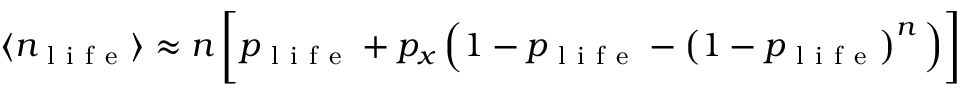
\langle n _ { \mathrm { ~ l ~ i ~ f ~ e ~ } } \rangle \approx n \, \bigg [ p _ { \mathrm { ~ l ~ i ~ f ~ e ~ } } + p _ { x } \, \Big ( 1 - p _ { \mathrm { ~ l ~ i ~ f ~ e ~ } } - \left( 1 - p _ { \mathrm { ~ l ~ i ~ f ~ e ~ } } \right) ^ { n } \Big ) \bigg ]